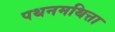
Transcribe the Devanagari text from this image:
पथनमथित्ता